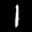
Label: 1